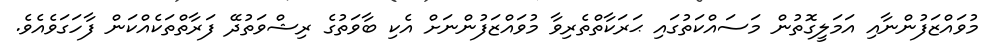
މުވައްޒަފުންނާއި އަމަލީގޮތުން މަސައްކަތުގައި ޙަރަކާތްތެރިވާ މުވައްޒަފުންނަށް އެކި ބާވަތުގެ ރިޝްވަތުދޭ ފަރާތްތަކެއްކަން ފާހަގަވެއެވެ.